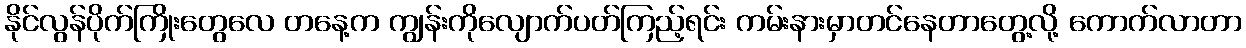
နိုင်လွန်ပိုက်ကြိုးတွေလေ တနေ့က ကျွန်းကိုလျောက်ပတ်ကြည့်ရင်း ကမ်းနားမှာတင်နေတာတွေ့လို့ ကောက်လာတာ